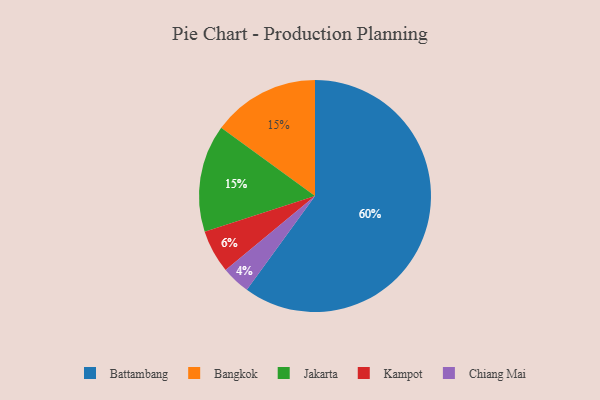
{"axis": {"x": "Category", "y": "Percentage"}, "legend": ["Bangkok", "Battambang", "Chiang Mai", "Jakarta", "Kampot"], "data": [{"x": "Bangkok", "y": 15, "type": "Bangkok"}, {"x": "Jakarta", "y": 15, "type": "Jakarta"}, {"x": "Battambang", "y": 60, "type": "Battambang"}, {"x": "Kampot", "y": 6, "type": "Kampot"}, {"x": "Chiang Mai", "y": 4, "type": "Chiang Mai"}]}